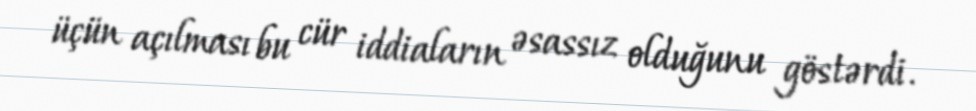
üçün açılması bu cür iddiaların əsassız olduğunu göstərdi.